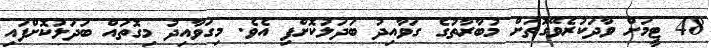
48 ޓީމަށް ވާދަކުރެވޭގޮތަށް މުބާރާތުގެ ގަވާއިދު ބަދަލުކޮށްފި އެވެ. މިގަވާއިދު މިގޮތައް ބަދަލުކޮށްފައި